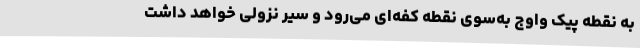
به نقطه پیک واوج به‌سوی نقطه کفه‌ای می‌رود و سیر نزولی خواهد داشت